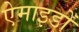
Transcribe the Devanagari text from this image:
ऐमाइडों